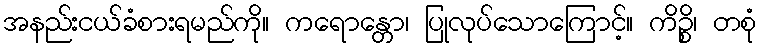
အနည်းငယ်ခံစားရမည်ကို။ ကရောန္တော၊ ပြုလုပ်သောကြောင့်။ ကိဉ္စိ၊ တစုံ